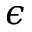
\epsilon